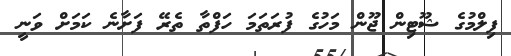
ފިލްމުގެ ޝޫޓިން ޖޫން މަހުގެ ފުރަތަމަ ހަފްތާ ތެރޭ ފަށާނެ ކަމަށް ވަނީ